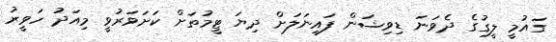
ގައުމީ ލީގުގެ ދެވަނަ ޑިވިޝަން ފައިނަލަށް ދިޔަ ޓީމުތަށް ކަށަވަރުވީ މިއަދު ހަވީރު